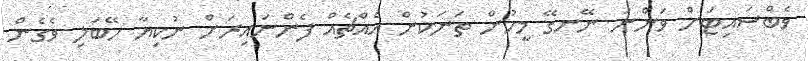
ވެބްސައިޓަށް ވަންނަ ނޭނގޭ މީހުން ތަނަކުން އެއްޗެއް ފެންނައިރަށް ނުކިޔާ ހޭބަލި ވެގެން